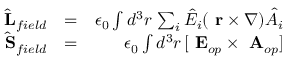
\begin{array} { r l r } { \hat { \mathrm { \bf ~ L } } _ { f i e l d } } & { = } & { \epsilon _ { 0 } \int d ^ { 3 } r \, \sum _ { i } \hat { E } _ { i } ( \mathrm { \bf ~ r } \times \nabla ) \hat { A } _ { i } } \\ { \hat { \mathrm { \bf ~ S } } _ { f i e l d } } & { = } & { \epsilon _ { 0 } \int d ^ { 3 } r \, [ \mathrm { \bf ~ E } _ { o p } \times \mathrm { \bf ~ A } _ { o p } ] } \end{array}